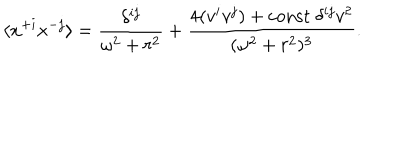
\langle x ^ { + i } x ^ { - j } \rangle = { \frac { \delta ^ { i j } } { \omega ^ { 2 } + r ^ { 2 } } } + { \frac { 4 ( v ^ { i } v ^ { j } ) + \mathrm { c o n s t } \ \delta ^ { i j } v ^ { 2 } } { ( \omega ^ { 2 } + r ^ { 2 } ) ^ { 3 } } } .